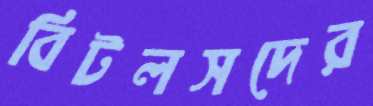
বিটলসদের